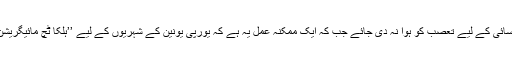
‘‘ ایک اصولی اتفاق بھی زیرغور ہے کہ کام کی رسائی کے لیے تعصب کو ہوا نہ دی جائے جب کہ ایک ممکنہ عمل یہ ہے کہ یورپی یونین کے شہریوں کے لیے ’’ہلکا ٹچ مائیگریشن‘‘ کا قانون بریگزٹ ڈیل کا حصہ بنایا جاسکتا ہے۔